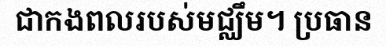
ជាកងពលរបស់មជ្ឈឹម។ ប្រធាន